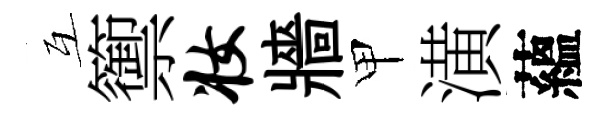
互籞妆牆甲潢蘊